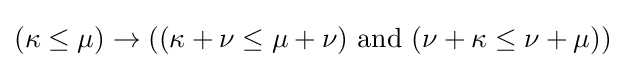
(\kappa \leq \mu )\rightarrow ((\kappa +\nu \leq \mu +\nu ){\mbox{ and }}(\nu +\kappa \leq \nu +\mu ))